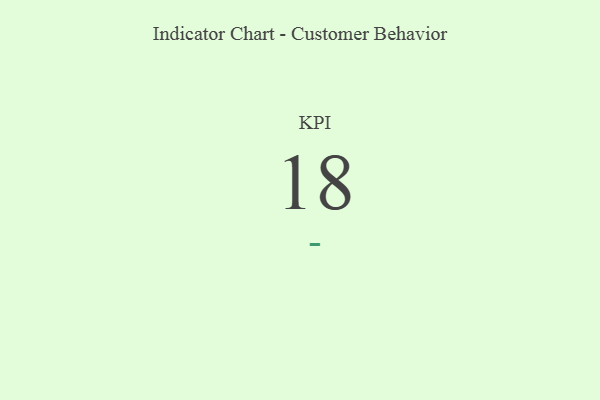
{"axis": {"x": "KPI", "y": "Value"}, "legend": [""], "data": [{"x": "KPI", "y": 18, "type": ""}]}